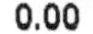
0.00